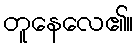
တူနေလေ၏။